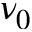
\nu _ { 0 }